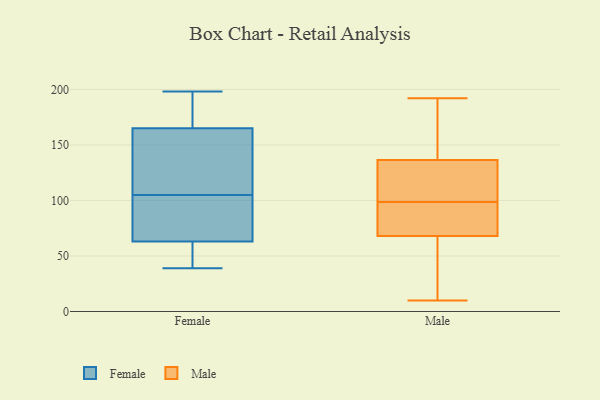
{"axis": {"x": "Budget (USD K)", "y": "Value"}, "legend": ["Female", "Male"], "data": [{"x": "", "y": 72, "type": "Female"}, {"x": "", "y": 100, "type": "Female"}, {"x": "", "y": 168, "type": "Female"}, {"x": "", "y": 142, "type": "Female"}, {"x": "", "y": 58, "type": "Female"}, {"x": "", "y": 165, "type": "Female"}, {"x": "", "y": 108, "type": "Female"}, {"x": "", "y": 63, "type": "Female"}, {"x": "", "y": 85, "type": "Female"}, {"x": "", "y": 162, "type": "Female"}, {"x": "", "y": 49, "type": "Female"}, {"x": "", "y": 142, "type": "Female"}, {"x": "", "y": 198, "type": "Female"}, {"x": "", "y": 102, "type": "Female"}, {"x": "", "y": 57, "type": "Female"}, {"x": "", "y": 39, "type": "Female"}, {"x": "", "y": 175, "type": "Female"}, {"x": "", "y": 174, "type": "Female"}, {"x": "", "y": 105, "type": "Male"}, {"x": "", "y": 65, "type": "Male"}, {"x": "", "y": 83, "type": "Male"}, {"x": "", "y": 192, "type": "Male"}, {"x": "", "y": 34, "type": "Male"}, {"x": "", "y": 139, "type": "Male"}, {"x": "", "y": 24, "type": "Male"}, {"x": "", "y": 10, "type": "Male"}, {"x": "", "y": 153, "type": "Male"}, {"x": "", "y": 84, "type": "Male"}, {"x": "", "y": 110, "type": "Male"}, {"x": "", "y": 145, "type": "Male"}, {"x": "", "y": 92, "type": "Male"}, {"x": "", "y": 82, "type": "Male"}, {"x": "", "y": 125, "type": "Male"}, {"x": "", "y": 147, "type": "Male"}, {"x": "", "y": 71, "type": "Male"}, {"x": "", "y": 134, "type": "Male"}, {"x": "", "y": 118, "type": "Male"}, {"x": "", "y": 48, "type": "Male"}]}